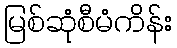
မြစ်ဆုံစီမံကိန်း